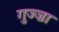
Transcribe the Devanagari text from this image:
गुज्ज्रा